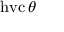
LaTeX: \operatorname { h v c } \theta